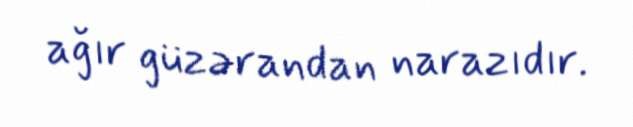
ağır güzərandan narazıdır.